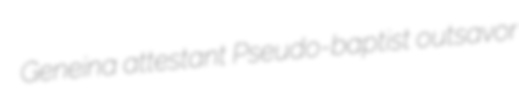
Geneina attestant Pseudo-baptist outsavor